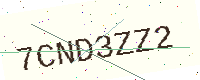
Text: 7CND3ZZ2